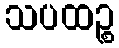
သပထဉ္စ